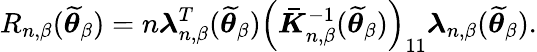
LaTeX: R_{n,\beta}(\widetilde{\boldsymbol{\theta}}_{\beta})=n\boldsymbol{\lambda}_{n,\beta}^{T}(\widetilde{\boldsymbol{\theta}}_{\beta})\left(\boldsymbol{\bar{K}}_{n,\beta}^{-1}(\widetilde{\boldsymbol{\theta}}_{\beta})\right)_{11}\boldsymbol{\lambda}_{n,\beta}(\widetilde{\boldsymbol{\theta}}_{\beta}).